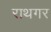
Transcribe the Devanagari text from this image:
राथगर